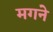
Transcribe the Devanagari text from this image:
मगने